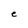
Character: e